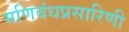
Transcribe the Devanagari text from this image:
मणिबंधप्रसारिणी